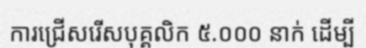
ការជ្រើសរើសបុគ្គលិក ៥.០០០ នាក់ ដើម្បី